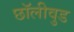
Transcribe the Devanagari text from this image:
छॉलीवुड